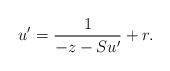
LaTeX: \begin{align*}u' = \frac{1}{-z-Su'} + r.\end{align*}